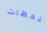
بلحظات